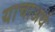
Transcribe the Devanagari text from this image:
याचाअर्थ